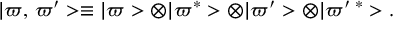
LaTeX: \vert \varpi , \, \varpi ^ { \prime } > \equiv \vert \varpi > \otimes \vert \varpi ^ { * } > \otimes \vert \varpi ^ { \prime } > \otimes \vert \varpi ^ { \prime } \, ^ { * } > .